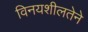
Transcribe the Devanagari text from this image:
विनयशीलतेने